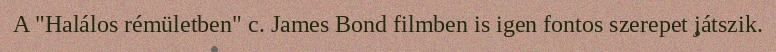
A "Halálos rémületben" c. James Bond filmben is igen fontos szerepet játszik.